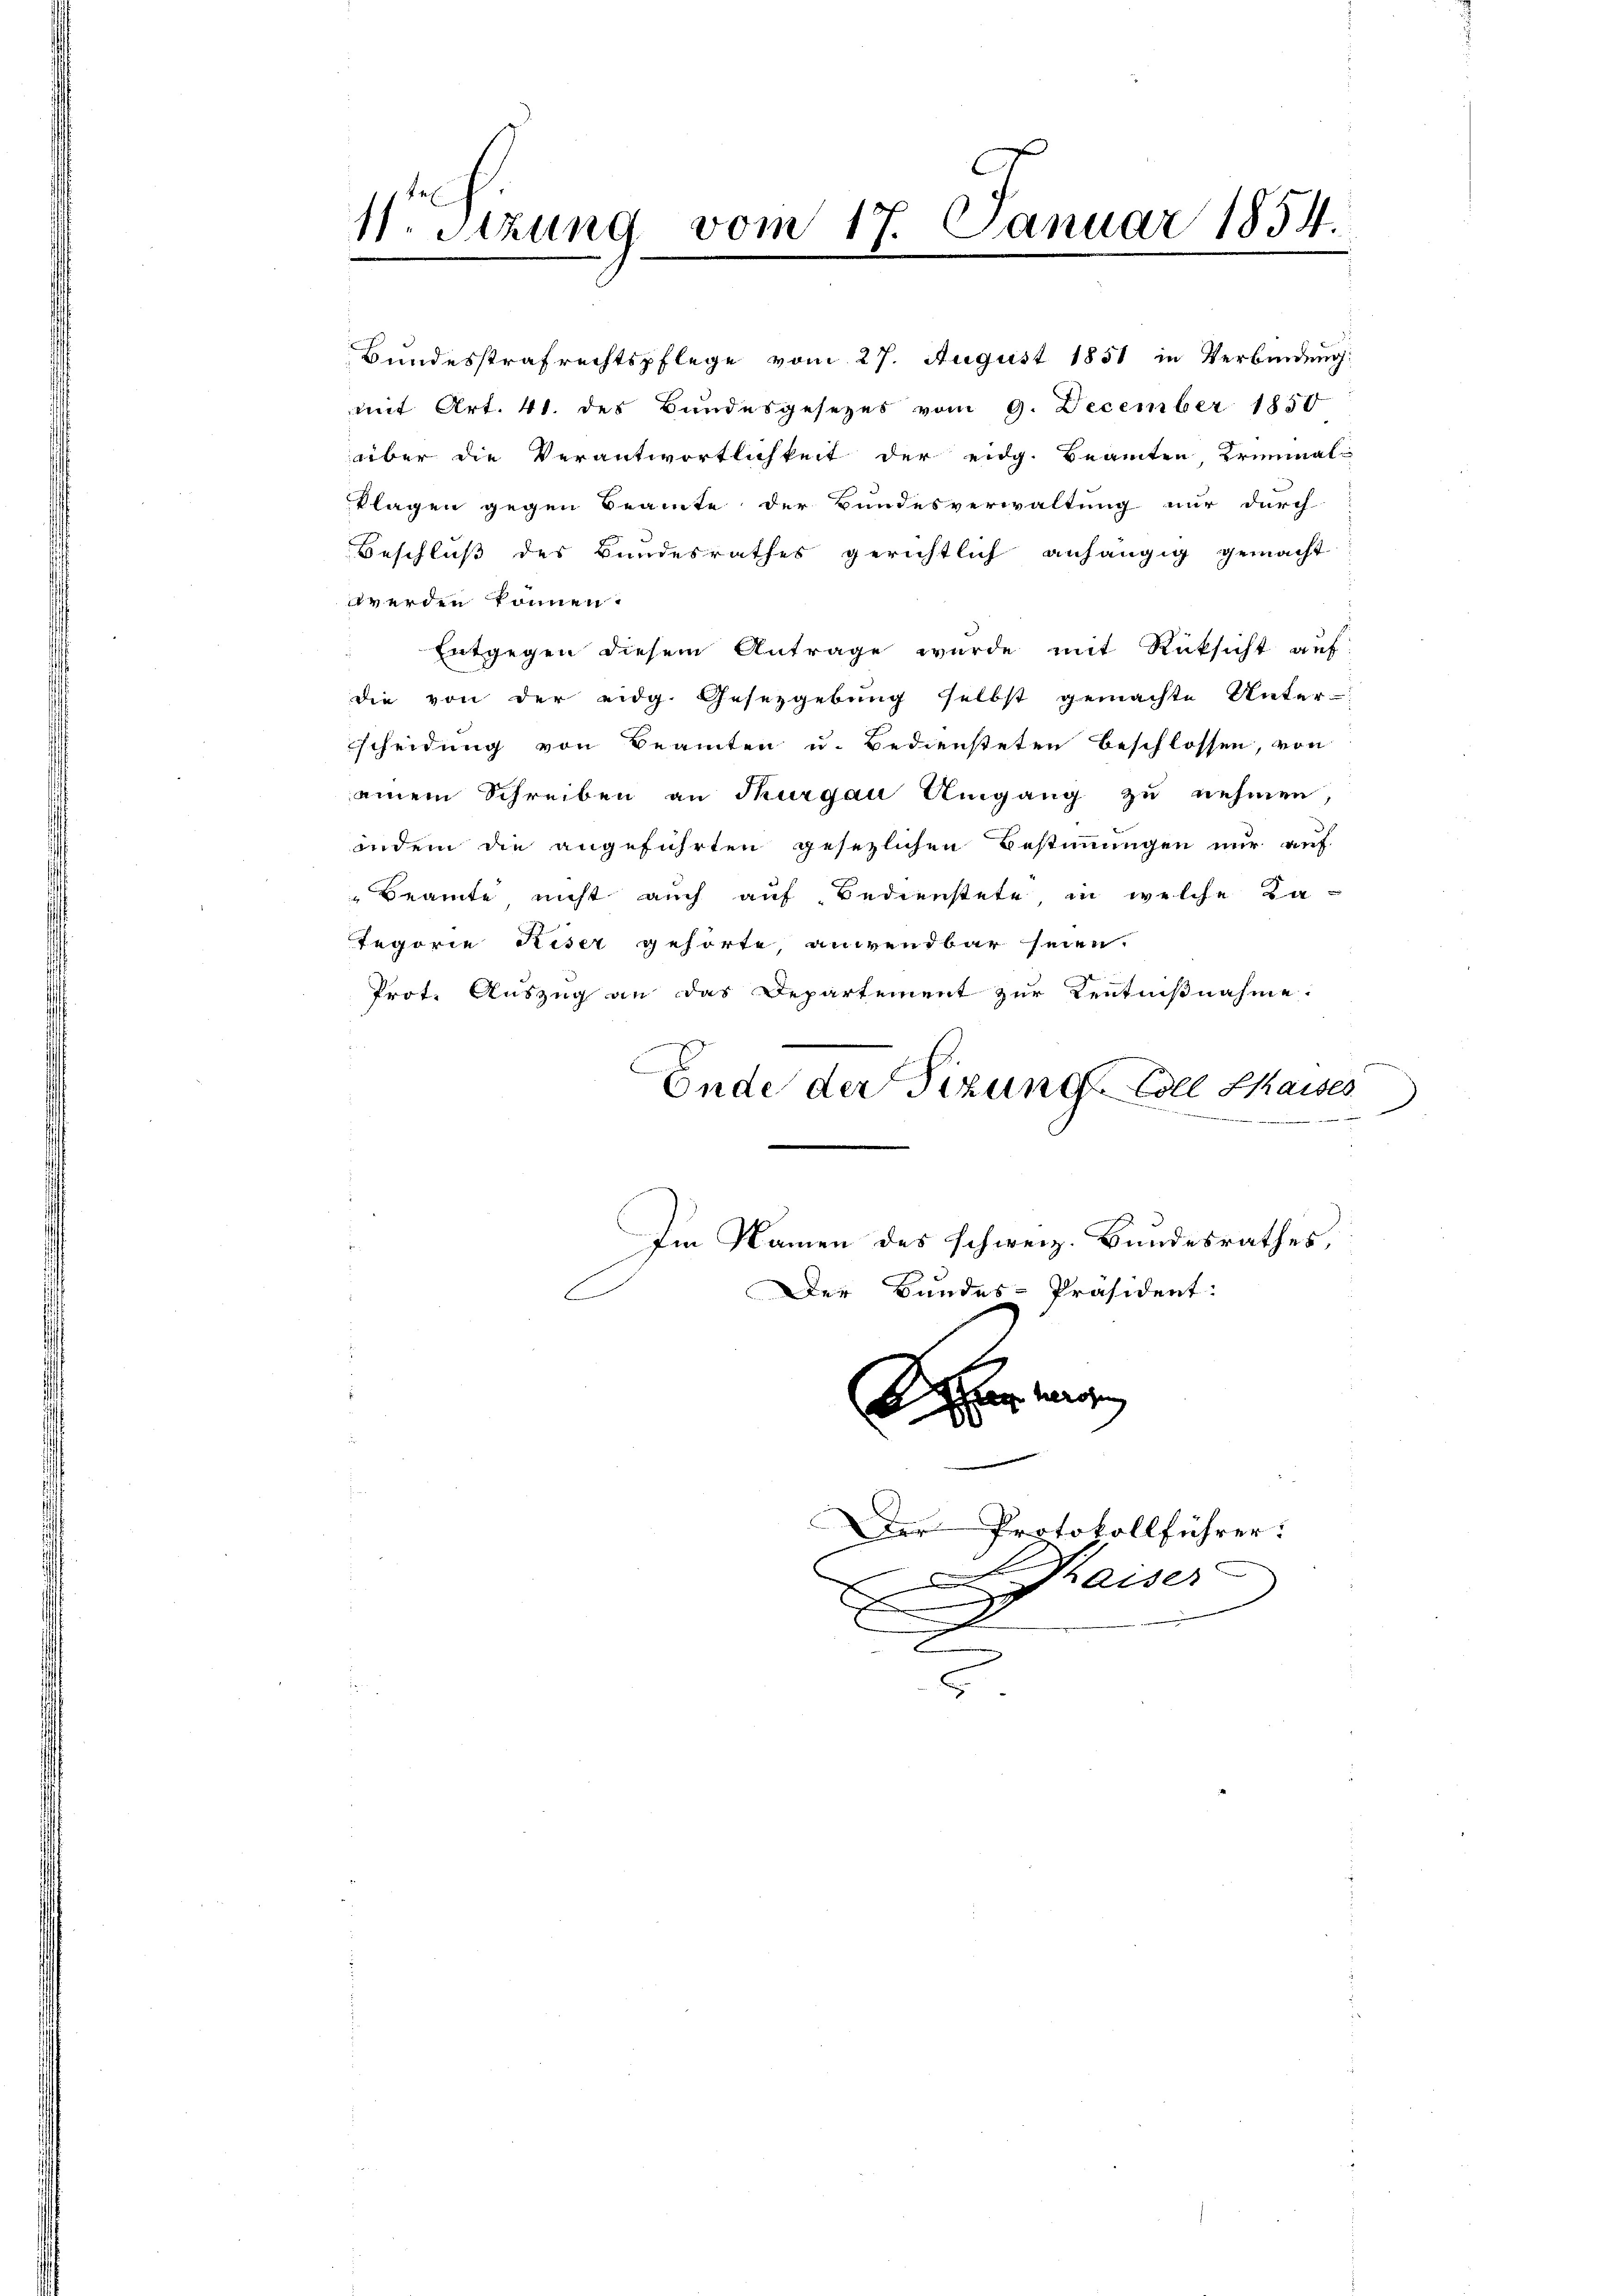
11. Setzung vom 17. Januar 1854.
.

Bundesstrafrechtspflege vom 27. August 1851 in Verbindung
mit Art. 41. des Bundesgesezes vom 9. December 1850
über die Verantwortlichkeit der eidg. Beamten, Kriminal-
Plagen gegen Beamte der Bundesverwaltung nur durch
Beschluß des Bundesrathes gerichtlich anhängig gemacht
werden können.
Entgegen diesem Antrage wurde mit Rücksicht auf
die von der eidg. Gesetzgebung selbst gemachte Unter-
scheidung von Beamten u. Bediensteten beschlossen, von
einem Schreiben an Thurgau Umgang zu nehmen,
indem die angeführten gesezlichen Bestimmungen nur auf
Beamte nicht auch auf Bedienstete, in welche da¬
Tegorie Riser gehörte, anwendbar seien.
Prot. Auszug an das Departement zur Kentnißnahme.
i
Ende der Sizung Coll Chaises
e
Im Namen des schweiz. Bundesrathes,
Der Bundes-Präsident:
Scher

Der Protokollführer:

d
e

aiser